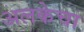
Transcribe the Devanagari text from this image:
अलकेचा